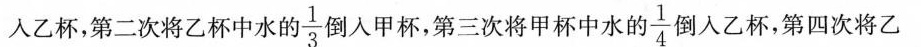
人乙杯,第二次将乙杯中水的\frac{1}{3}倒入甲杯,第三次将甲杯中水的\frac{1}{4}倒人乙杯,第四次将乙